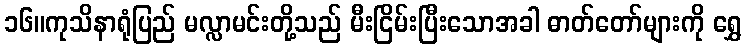
၁၆။ကုသိနာရုံပြည် မလ္လာမင်းတို့သည် မီးငြိမ်းပြီးသောအခါ ဓာတ်တော်များကို ရွှေ